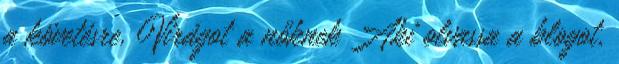
a követésre. Virágot a nőknek Aki olvassa a blogot,